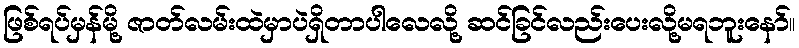
ဖြစ်ရပ်မှန်မို့ ဇာတ်လမ်းထဲမှာပဲရှိတာပါလေလို့ ဆင်ခြင်လည်းပေးလို့မရဘူးနော်။